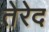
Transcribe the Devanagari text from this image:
तेरेद